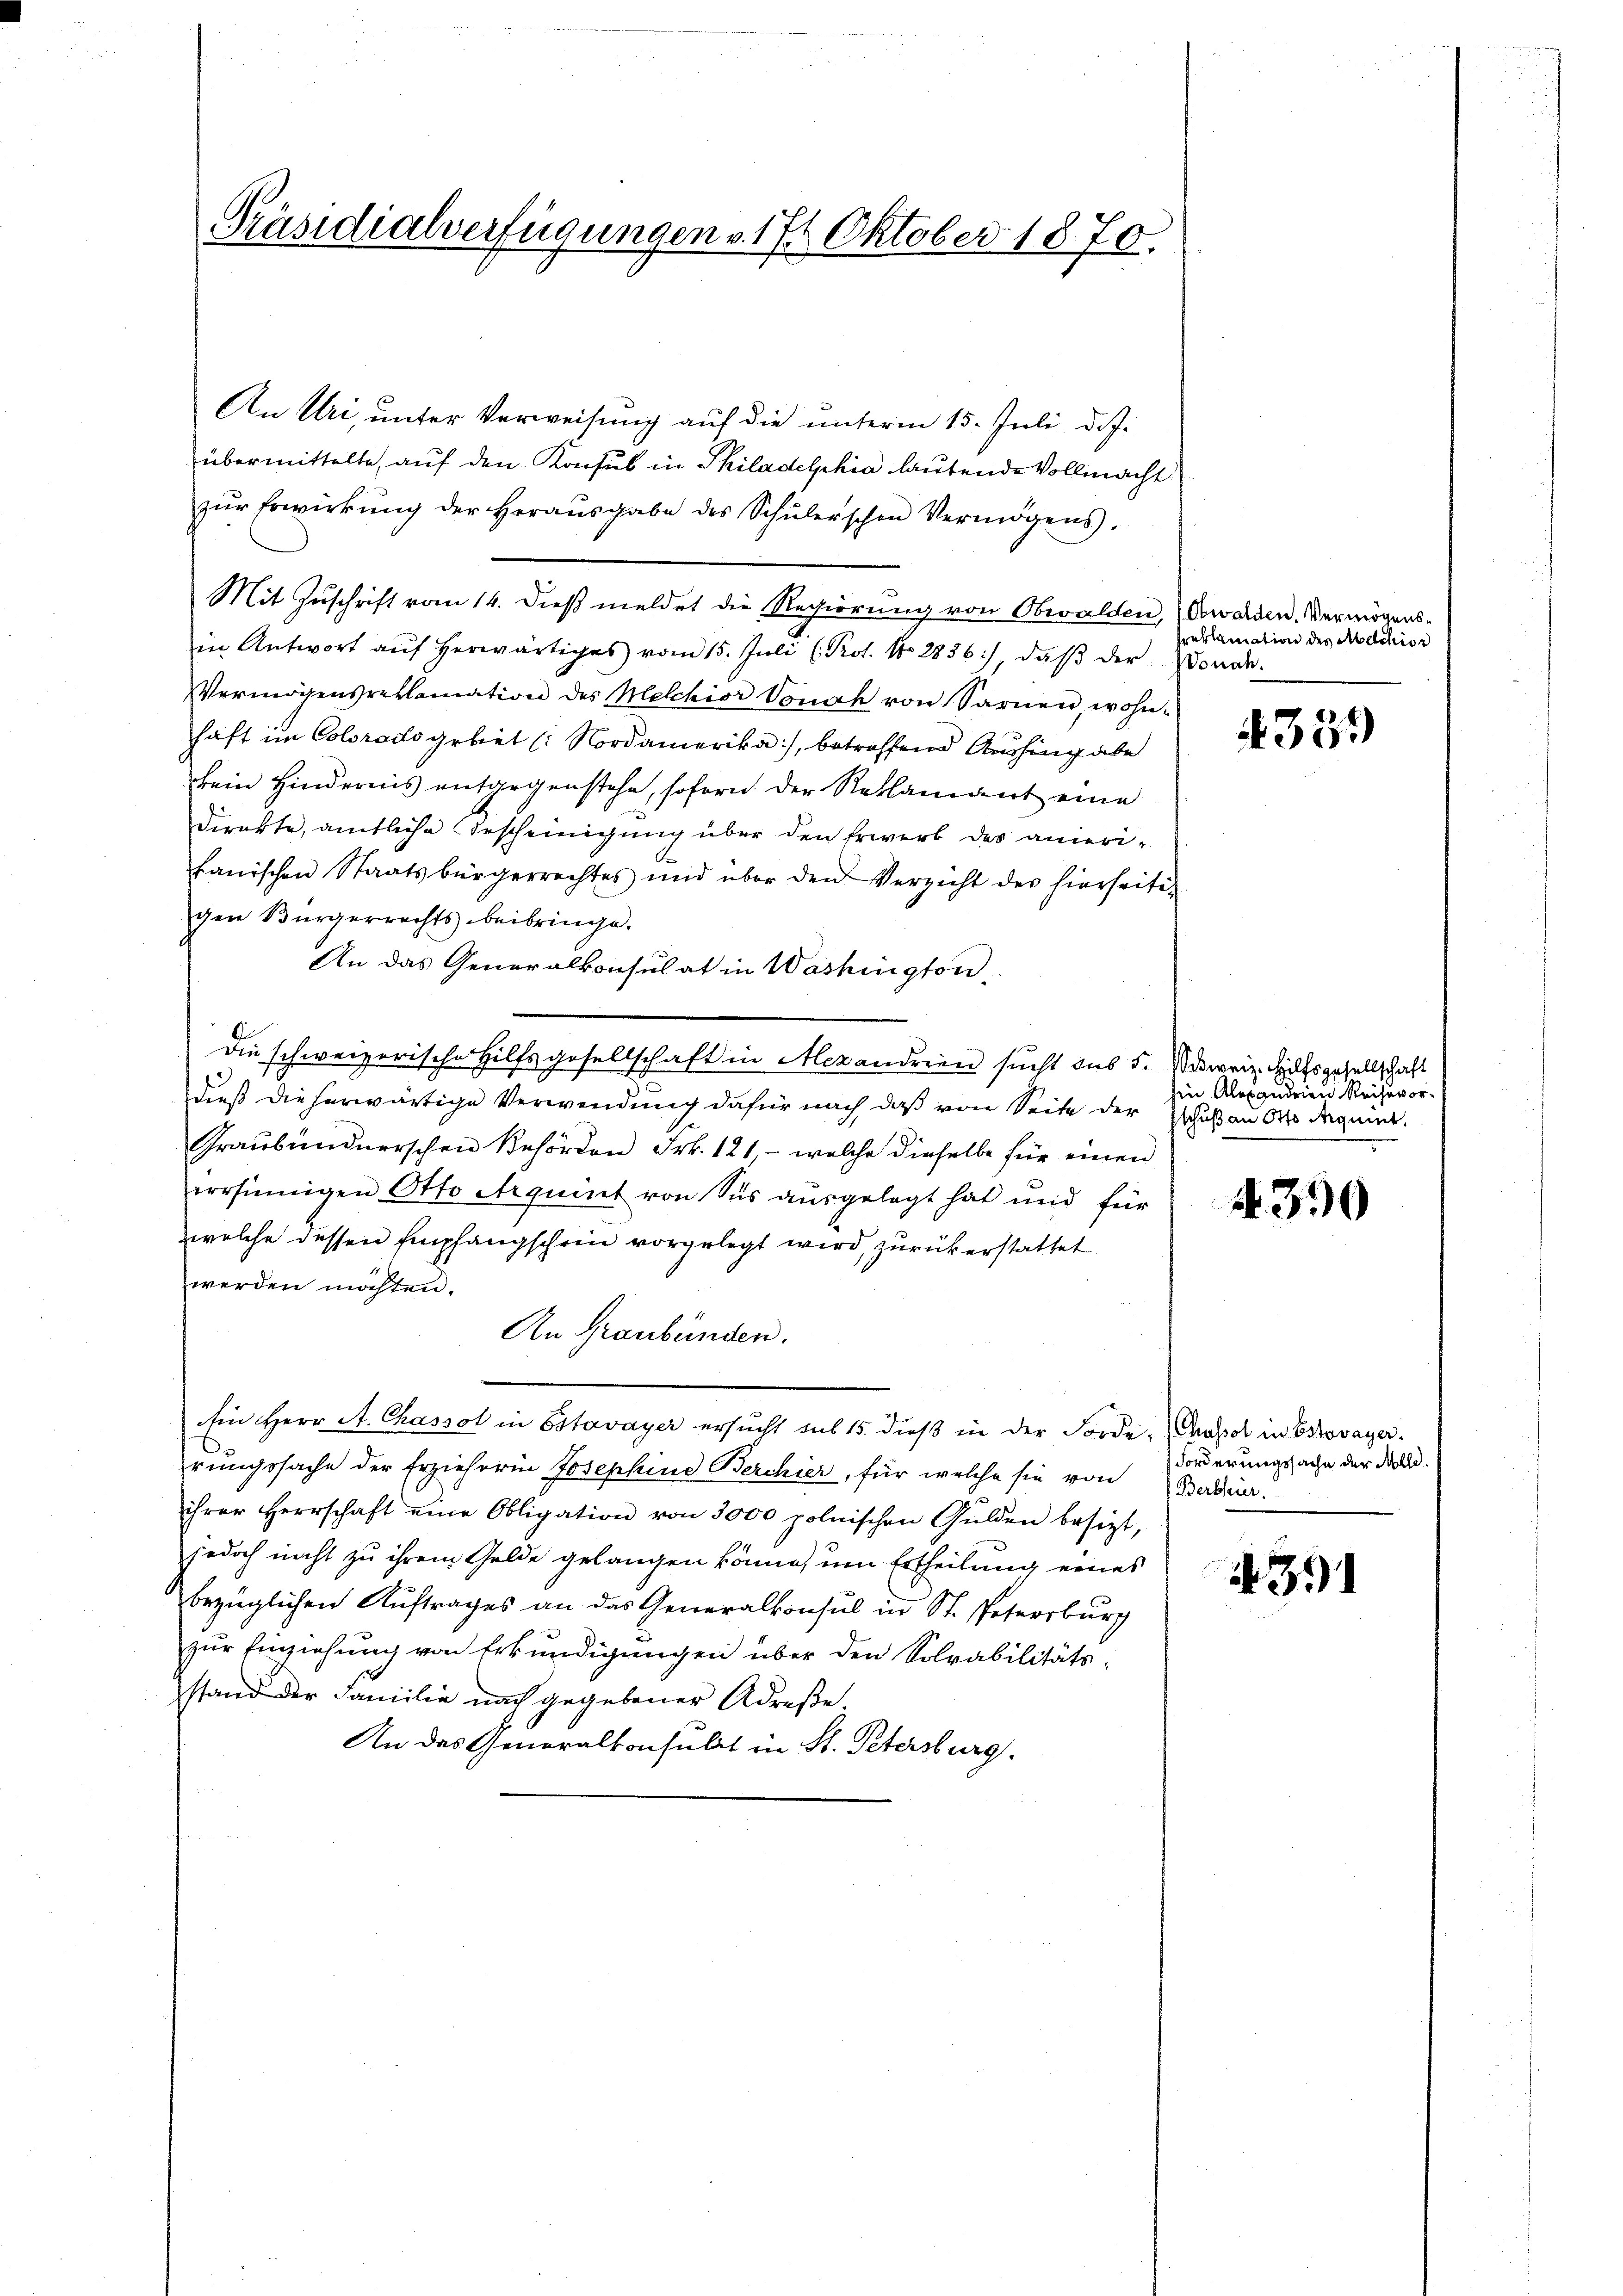
Präsidialverfügungen v. 17. Oktober 1870.

An Uri, unter Verweisung auf die unterm 15. Juli d. J.
übermittelte, auf den Konsul in Philadelphia lautende Vollmacht
zŭr Erwirkŭng der Heraŭsgabe des Schŭlerschen Vermögens.
Mit Zuschrift vom 14. Dieß meldet die Regierung von Obwalden,
in Antwort aŭf herwärtiges vom 15. Jŭli (Prot. No. 28356), daβ der Sonde.
Vermögensreklamation des Melchior Vonach von Sarnen, wohn-
haft im Coloracts gebiet ( Nordamerika), betreffend Aushing abe
kein Hindernis entgegenstehe, soforn der Reklamant eine
direkte, amtliche Bescheinigung über den Erwerb des anierifanischen Staatsbürgerrechtes und über den Verzicht des hierseiti-
gen Bürgerrechts beibringe.
An das Generalkonsulat in Washington,
Die schweizerische Hilfsgesellschaft in Mexandrien sucht des 5. Witweiz. Hülfsgesellschaft
dieß die herwärtige Verwendung dafür nach daß von Seite der Eschuß an Orts dagen.
Graubunderrschen Behörden Frk. 121, - welche dieselbe für einen
errsinnigen Otto Arquint von Ses aŭsgelegt hat und für
welche dessen Empfangschein vorgelegt wird, zurückerstattet
werden möchten.
An Graubünden.
in Herr A. Chassol in Estavayer ersucht sub 15. dieß in der Forde-Ausol in Erkovayer.
rungssache der Erzieheren Josephine Berchier, für welche sie von Baden.
ihrer Herrschaft eine Obligation von 3000 polnischen Gulden besizt,
jedoch nicht zu ihrem Gelde gelangen könne, um Ertheilung eines
bezüglichen Auftrages an das Generalkonsul in St. Petersburg
zur Einziehung von Erkundigungen über den Solvabilitätsstand der Familie nach gegebener Adrese,
An das Generalkonsulat in St. Petersburg.

Awalden. Vermögens¬
Preklamation des Melchior

4359

hin Alexandrien Reihevor¬

4390

Forderungssache der Mlle.

391